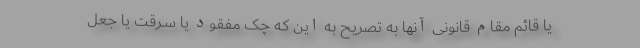
یا قائم مقام قانونی آنها به تصریح به این که چک مفقود یا سـرقت یا جعل